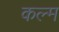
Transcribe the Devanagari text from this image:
कल्म